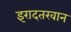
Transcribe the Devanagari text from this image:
इरादतखान